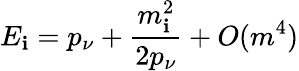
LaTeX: E_{\mathbf{i}}=p_{\nu}+\frac{{m_{\mathbf{i}}^{2}}}{{2p_{\nu}}}+O(m^{4})